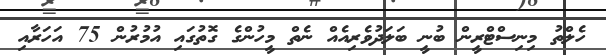
ހެލްތު މިނިސްޓްރީން ބުނީ ބަލަދުވެރިއެއް ނެތް މީހުންގެ ގޮތުގައި އުމުރުން 75 އަހަރާއި